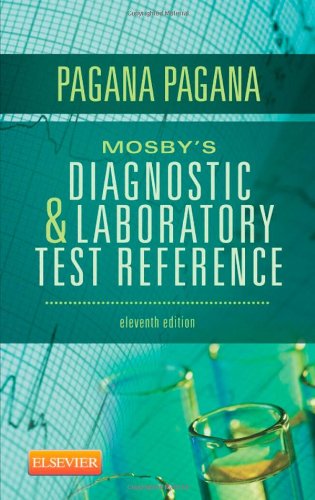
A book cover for Mosby's Diagnostic and Laboratory Test Reference, 11e (Mosby's Diagnostic & Laboratory Test Reference); Kathleen Deska Pagana PhD  RN; Medical Books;